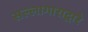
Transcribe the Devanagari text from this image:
सल्लागाराद्वारे